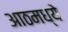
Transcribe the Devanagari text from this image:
आठमध्ये